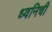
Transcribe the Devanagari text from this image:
ध्वनिची